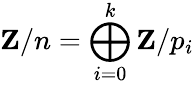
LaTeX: \mathbf{Z}/n=\bigoplus_{i=0}^{k}\mathbf{Z}/p_{i}